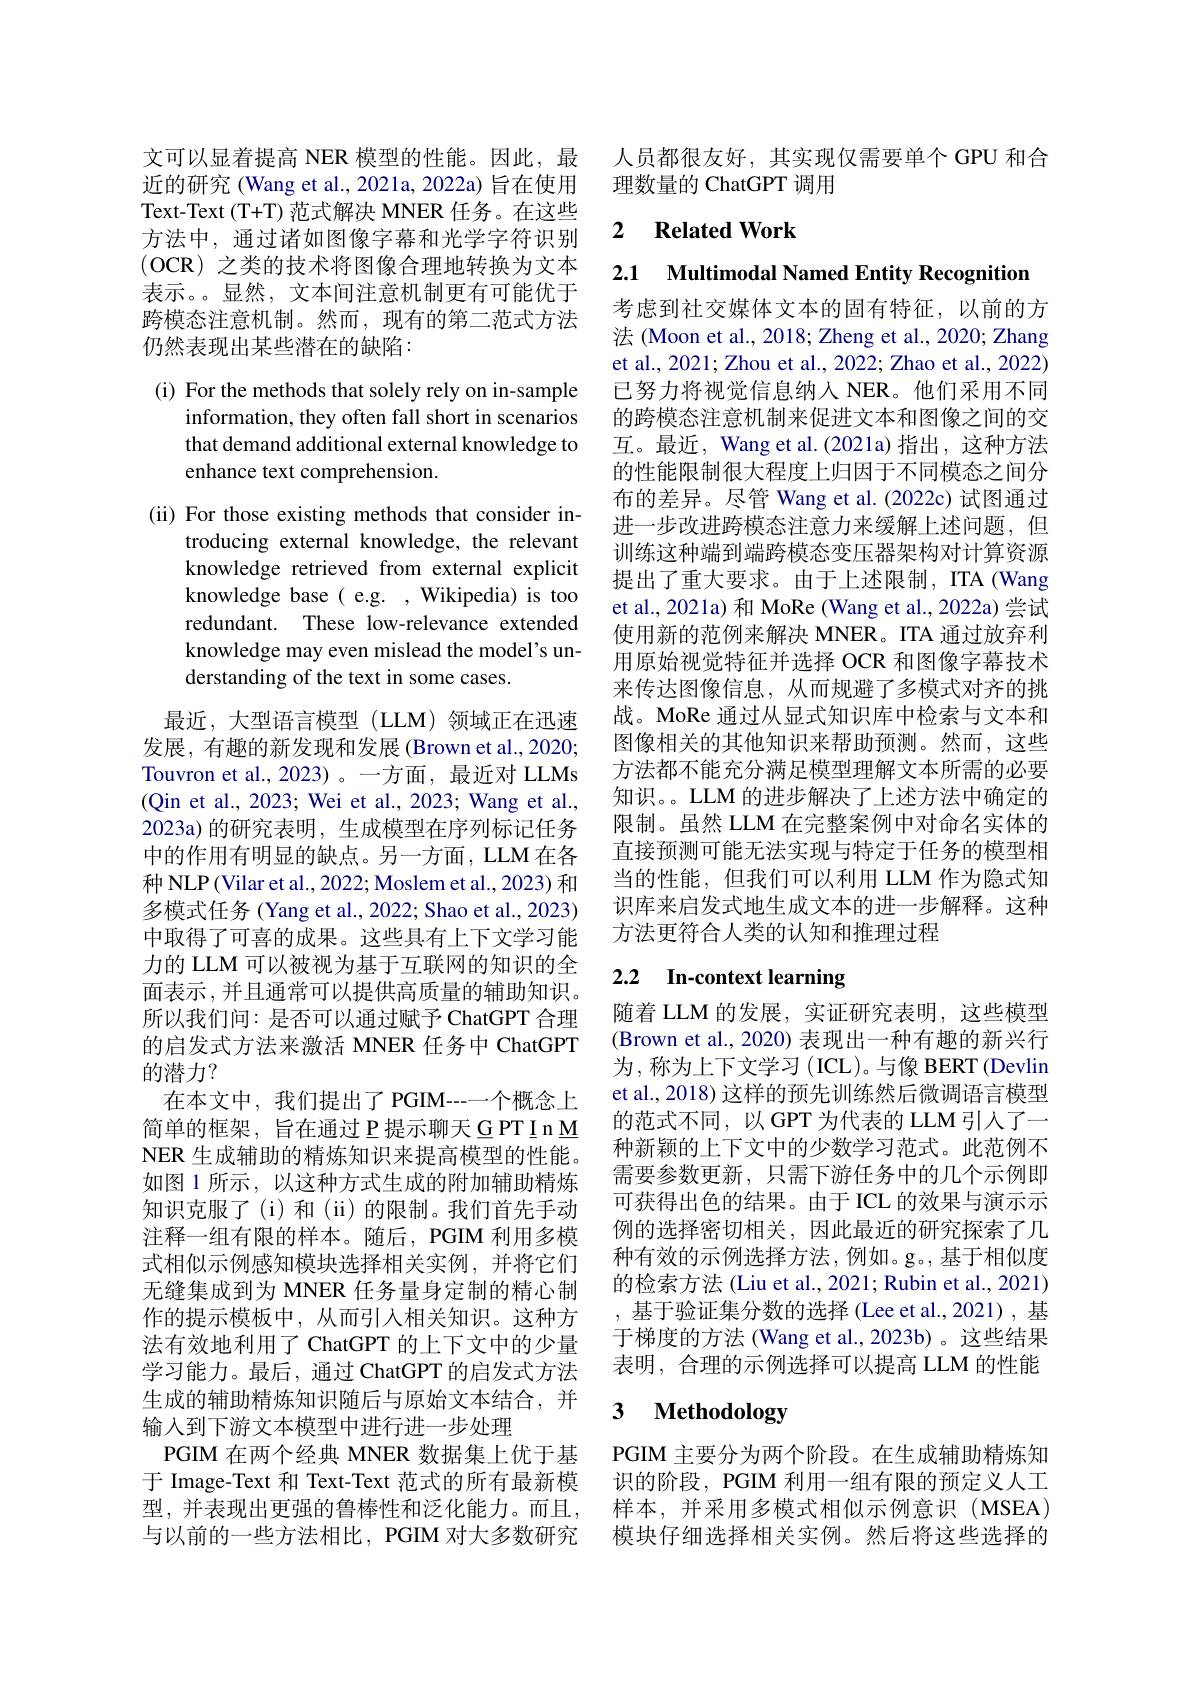
文可以显着提高 NER 模型的性能。因此，最近的研究 (Wang et al., 2021a, 2022a) 旨在使用Text-Text (T+T) 范式解决 MNER 任务。在这些方法中，通过诸如图像字幕和光学字符识别(OCR)之类的技术将图像合理地转换为文本表示。显然，文本间注意机制更有可能优于跨模态注意机制。然而，现有的第二范式方法仍然表现出某些潜在的缺陷：

(i) For the methods that solely rely on in-sample
information, they often fall short in scenarios that demand additional external knowledge to enhance text comprehension.

(ii) For those existing methods that consider in-
troducing external knowledge, the relevant knowledge retrieved from external explicit knowledge base( e.g. , Wikipedia) is too redundant. These low-relevance extended knowledge may even mislead the model's understanding of the text in some cases.

最近，大型语言模型(LLM)领域正在迅速发展，有趣的新发现和发展(Brown et al.,2020; Touvron et al.,2023)。一方面，最近对 LLMs (Qin et al., 2023; Wei et al., 2023; Wang et al., 2023a)的研究表明，生成模型在序列标记任务中的作用有明显的缺点。另一方面，LLM 在各种 NLP (Vilar et al., 2022; Moslem et al., 2023) 和多模式任务 (Yang et al., 2022; Shao et al., 2023) 中取得了可喜的成果。这些具有上下文学习能力的 LLM 可以被视为基于互联网的知识的全面表示，并且通常可以提供高质量的辅助知识。所以我们问：是否可以通过赋予 ChatGPT 合理的启发式方法来激活 MNER 任务中 ChatGPT 的潜力？
在本文中，我们提出了PGIM----个概念上简单的框架，旨在通过 P 提示聊天 G PT I n M NER 生成辅助的精炼知识来提高模型的性能。如图 1 所示 , 以这种方式生成的附加辅助精炼知识克服了(i)和(ii)的限制。我们首先手动注释一组有限的样本。随后，PGIM 利用多模式相似示例感知模块选择相关实例，并将它们无缝集成到为 MNER 任务量身定制的精心制作的提示模板中，从而引入相关知识。这种方法有效地利用了 ChatGPT 的上下文中的少量学习能力。最后，通过 ChatGPT 的启发式方法生成的辅助精炼知识随后与原始文本结合，并输入到下游文本模型中进行进一步处理
PGIM 在两个经典 MNER 数据集上优于基于 Image-Text 和 Text-Text 范式的所有最新模型，并表现出更强的鲁棒性和泛化能力。而且，样本，并采用多模式相似示例意识 (MSEA)
与以前的一些方法相比，PGIM 对大多数研究

人员都很友好，其实现仅需要单个 GPU 和合
理数量的 ChatGPT 调用

## 2 $\textbf{Related Work}$

2.1 $\textbf{Multimodal Named Entity Recognition}$ 考虑到社交媒体文本的固有特征，以前的方法 (Moon et al., 2018; Zheng et al., 2020; Zhang et al., 2021; Zhou et al., 2022; Zhao et al., 2022) 已努力将视觉信息纳人 NER。他们采用不同的跨模态注意机制来促进文本和图像之间的交互。最近，Wang et al.(2021a)指出，这种方法的性能限制很大程度上归因于不同模态之间分布的差异。尽管 Wang et al.(2022c)试图通过进一步改进跨模态注意力来缓解上述问题，但训练这种端到端跨模态变压器架构对计算资源提出了重大要求。由于上述限制，ITA (Wang et al., 2021a) 和 MoRe (Wang et al., 2022a) 尝试使用新的范例来解决 MNER。ITA 通过放弃利用原始视觉特征并选择 OCR 和图像字幕技术来传达图像信息，从而规避了多模式对齐的挑战。MoRe 通过从显式知识库中检索与文本和图像相关的其他知识来帮助预测。然而，这些方法都不能充分满足模型理解文本所需的必要知识。。LLM 的进步解决了上述方法中确定的限制。虽然 LLM 在完整案例中对命名实体的直接预测可能无法实现与特定于任务的模型相当的性能，但我们可以利用 LLM 作为隐式知识库来启发式地生成文本的进一步解释。这种方法更符合人类的认知和推理过程

## 2.2 In-context learning

随着 LLM 的发展，实证研究表明，这些模型(Brown et al., 2020) 表现出一种有趣的新兴行为，称为上下文学习(ICL)。与像 BERT(Devlin et al., 2018) 这样的预先训练然后微调语言模型的范式不同，以 GPT 为代表的 LLM 引入了一种新颖的上下文中的少数学习范式。此范例不需要参数更新，只需下游任务中的几个示例即可获得出色的结果。由于ICL 的效果与演示示例的选择密切相关，因此最近的研究探索了几种有效的示例选择方法，例如。g。,基于相似度的检索方法 (Liu et al., 2021; Rubin et al., 2021) ,基于验证集分数的选择(Lee et al.,2021),基于梯度的方法 (Wang et al.,2023b) 。这些结果表明，合理的示例选择可以提高 LLM 的性能

# 3 Methodology

PGIM 主要分为两个阶段。在生成辅助精炼知识的阶段，PGIM 利用一组有限的预定义人工模块仔细选择相关实例。然后将这些选择的